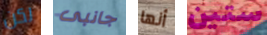
لكن جانبى أنها ستين